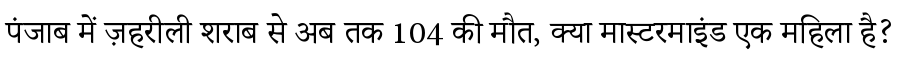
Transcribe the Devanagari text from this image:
पंजाब में ज़हरीली शराब से अब तक 104 की मौत, क्या मास्टरमाइंड एक महिला है?